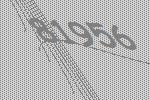
81956